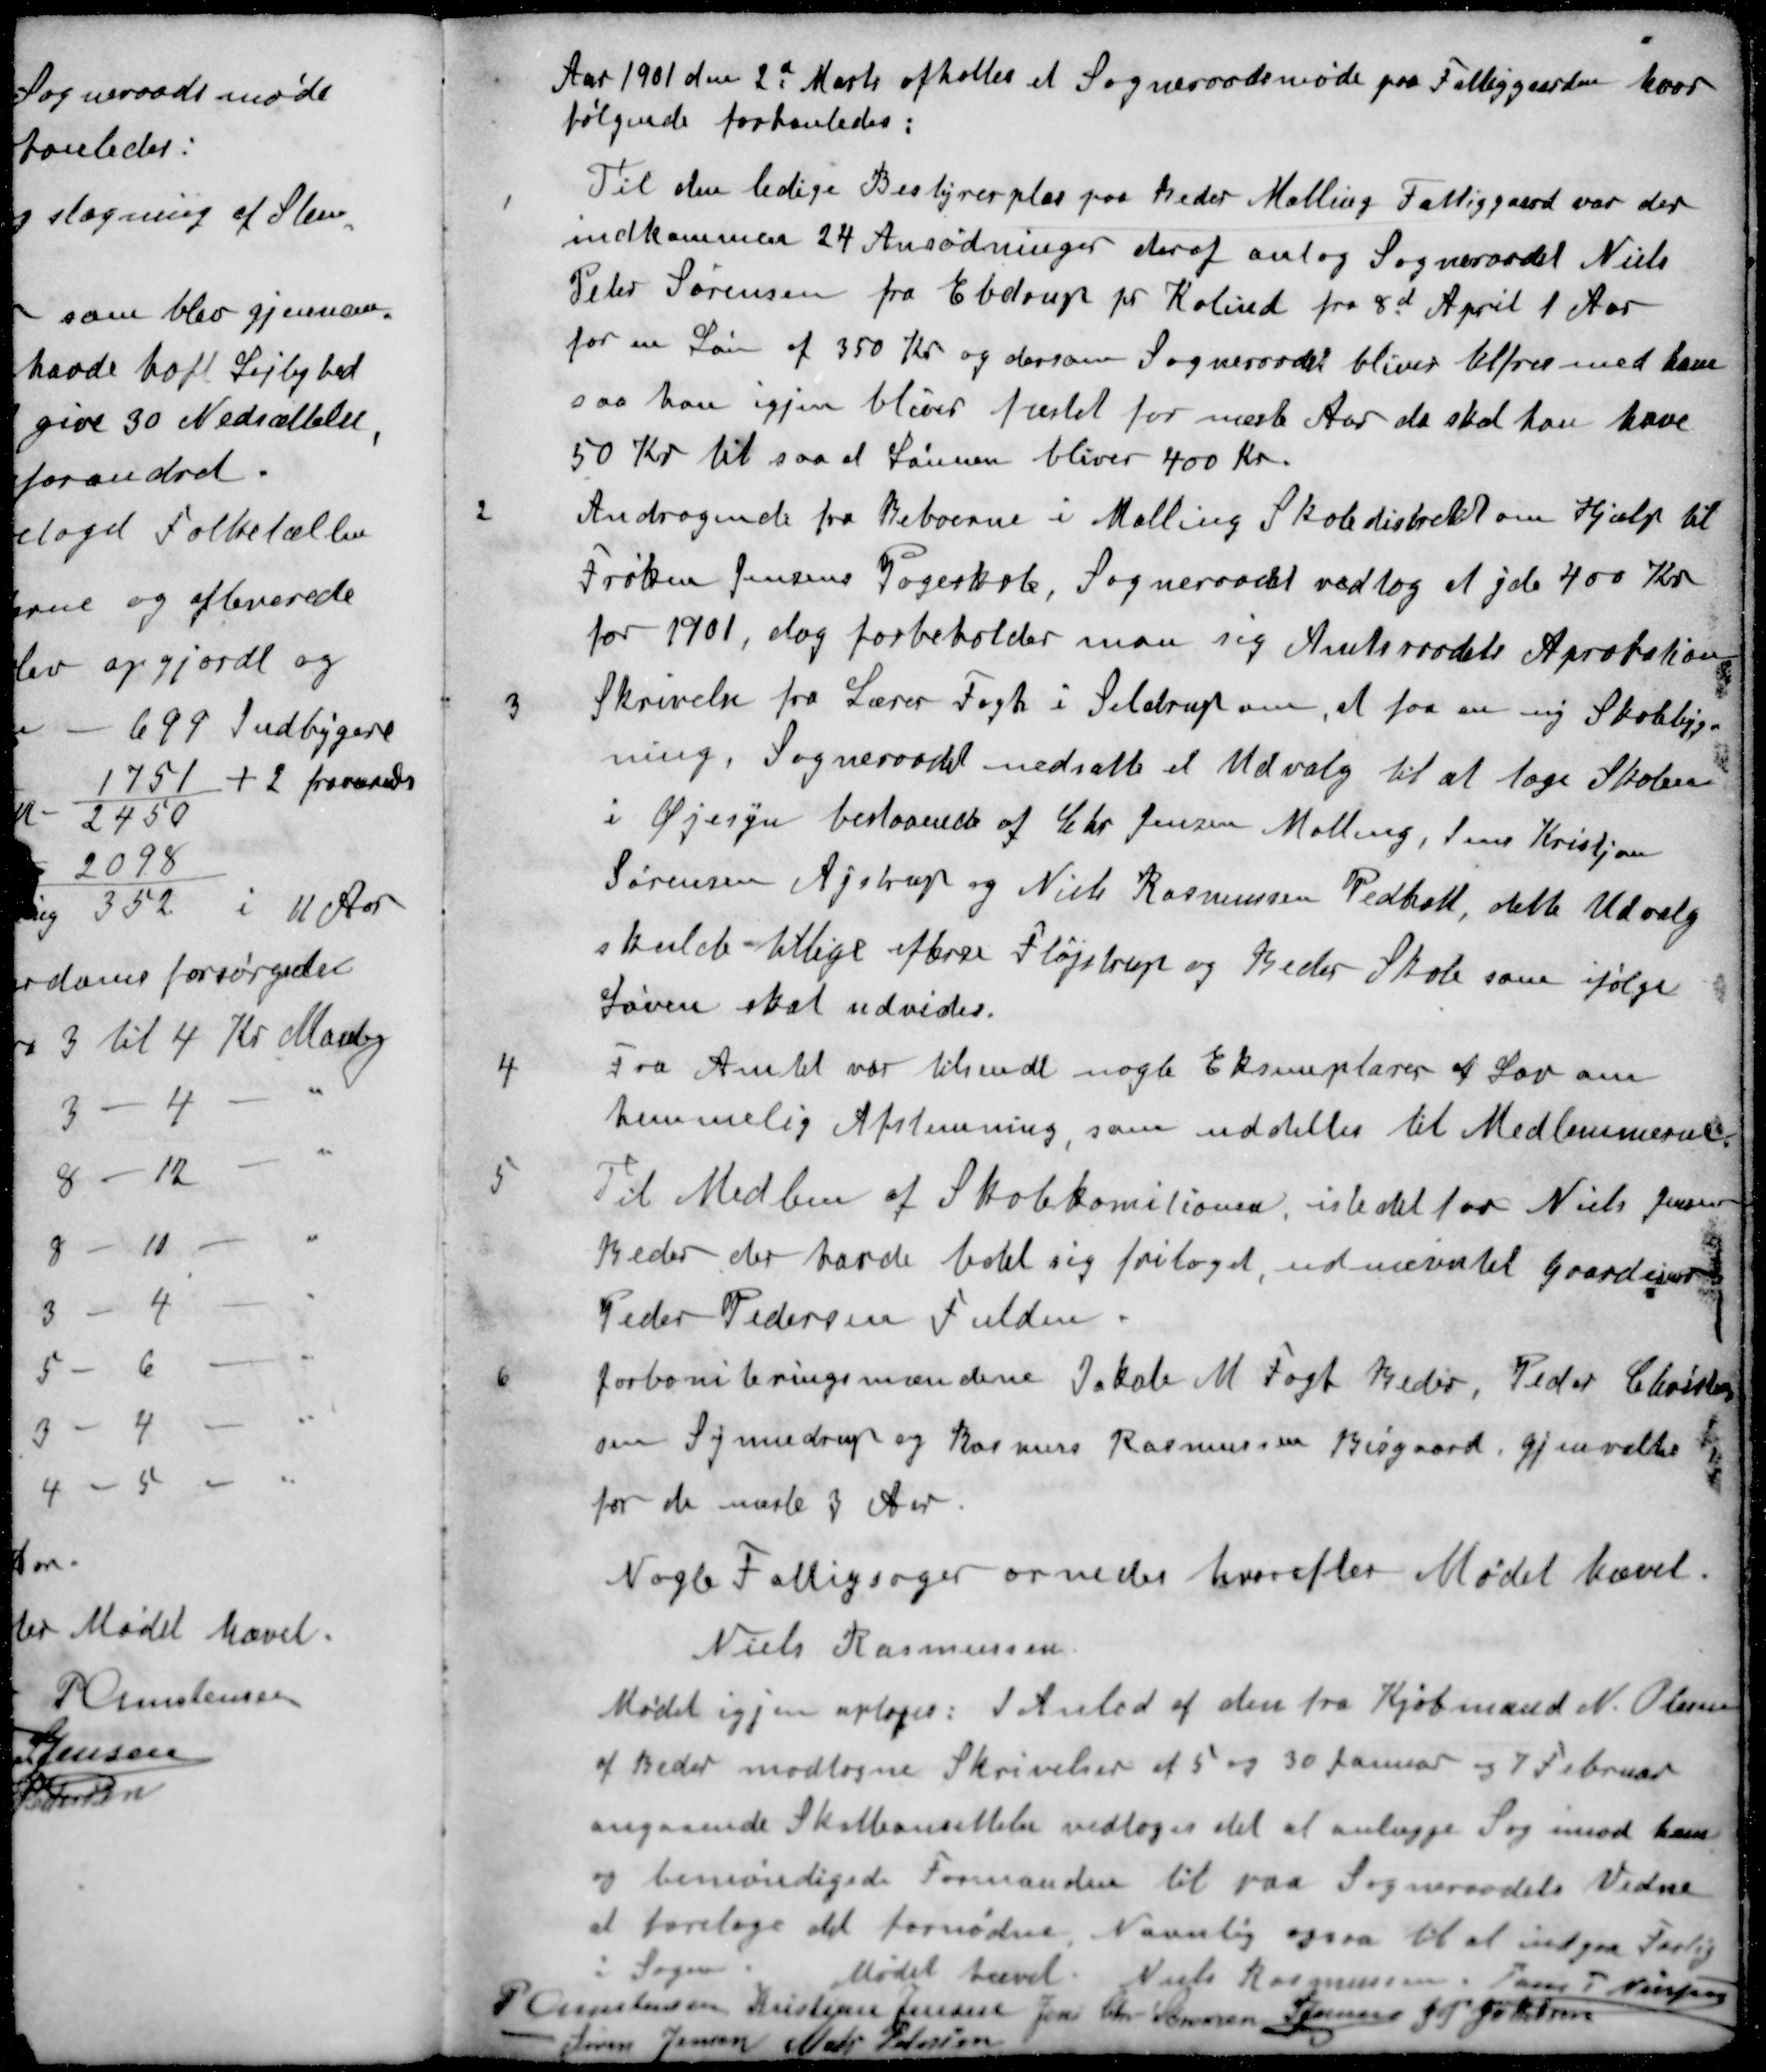
Transskription:
Aar 1901 den 2d Marts afholtes et Sogneraadsmøde paa Fattiggaarden, hvor
følgende forhanledes:
1 Til den ledige Bestyrerplas paa Beder Malling Fattiggaard var der
indkommen 24 Ansødninger deraf antog Sogneraadet Niels
Peter Sørensen fra Ebdrup pr. Kolind fra 8d April 1 Aar
for en Løn af 350 Kr og dersom Sogneraadet bliver tilfres med ham
saa han igjen bliver fæstet for næste Aar da skal han have
50 Kr til saa at Lønnen bliver 400 Kr.
2 Andragende fra Beboerne i Malling Skoledistrikt om Hjælp til
Frøken Jensens Pogeskole, Sogneraadet vedtog at yde 400 Kr
for 1901, dog forbeholder man sig Amtsraadets Aprobation
3 Skrivelse fra Lærer Fogh i Seldrup om, at faa en ny Skolebyg-
ning. Sogneraadet nedsatte et Udvalg til at tage Skolen
i Øjesyn bestaaende af Chr. Jensen Malling, Jens Kristian
Sørensen Ajstrup og Niels Rasmussen Pedholt, dette Udvalg
skulde tillige efterse Fløjstrup og Beder Skole som ifølge
Loven skal udvides.
4 Fra Amtet var tilsendt nogle Eksemplarer af Lov om
hemmelig Afstemning, som uddeltes til Medlemmerne
5 Til Medlem af Skolekomitionen, istedet for Niels Jensen
Beder der havde bedt sig fritaget, udnævntes Gaardejer
Peder Pedersen Fulden
6 Jorboniteringsmændene Jakob M Fogh Beder, Peder Christen-
sen Synnedrup og Rasmus Rasmussen Bisgaard, gjenvalte
for de næste 3 Aar.
Nogle Fattigsager ornedes hvorefter Mødet hævet
Niels Rasmussen
Mødet igjen optoges: I Anled af den fra Kjøbmand N. Olesen
af Beder modtagne Skrivelser af 5 og 30 Januar og 7 Februar
angaaende Skatteansættelse vedtoges det at anlægge Sag imod ham
og bemødigede Formanden til paa Sogneraadets Vedne
at foretage det fornødne. Navnlig ogsaa til at indgaa Forlig
i Sagen.
Mødet hævet
Niels Rasmussen
Jens P Nielsen
P Christensen
Kristian Jensen
Jens Chr Sørensen
S Jensen
J P Jakobsen
Søren Jensen
Mads Petersen